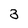
Character: 3